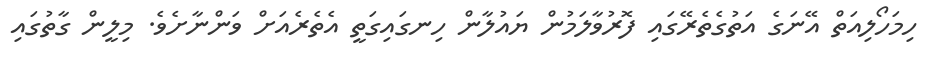
ހިމަހޯލިއަތް އޭނަގެ އަތުގެތެރޭގައި ފޮރުވާލަމުން ޔައުލާން ހިނގައިގަތީ އެތެރެއަށް ވަންނާށެވެ. މިލީން ގާތުގައި